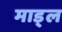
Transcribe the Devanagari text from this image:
माड्ल